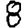
Digit: 8